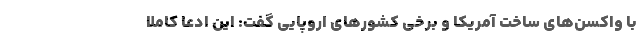
با واکسن‌های ساخت آمریکا و برخی کشورهای اروپایی گفت: این ادعا کاملا